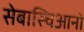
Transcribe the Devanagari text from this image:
सेबास्चिआनो